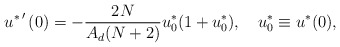
\begin{align*} \left.u^*\right.'(0)=-\frac{2N}{A_d(N+2)}u^*_0(1+u^*_0), \ \ \ u^*_0\equiv u^*(0),\end{align*}